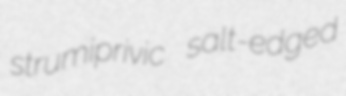
strumiprivic salt-edged